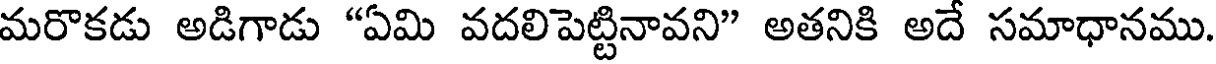
మరొకడు అడిగాడు "ఏమి వదలిపెట్టినావని" అతనికి అదే సమాధానము.